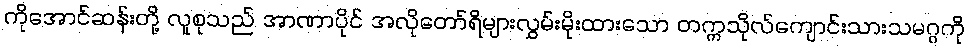
ကိုအောင်ဆန်းတို့ လူစုသည် အာဏာပိုင် အလိုတော်ရိများလွှမ်းမိုးထားသော တက္ကသိုလ်ကျောင်းသားသမဂ္ဂကို